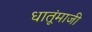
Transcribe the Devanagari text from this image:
धातूंमाजी